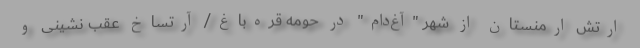
ارتش ارمنستان از شهر "آغ‌دام" در حومه قره‌باغ/ آرتساخ عقب نشینی و